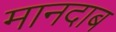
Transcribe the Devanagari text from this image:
मानदाब